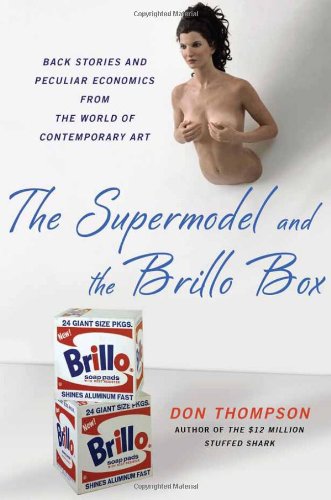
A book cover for The Supermodel and the Brillo Box: Back Stories and Peculiar Economics from the World of Contemporary Art; Don Thompson; Arts & Photography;